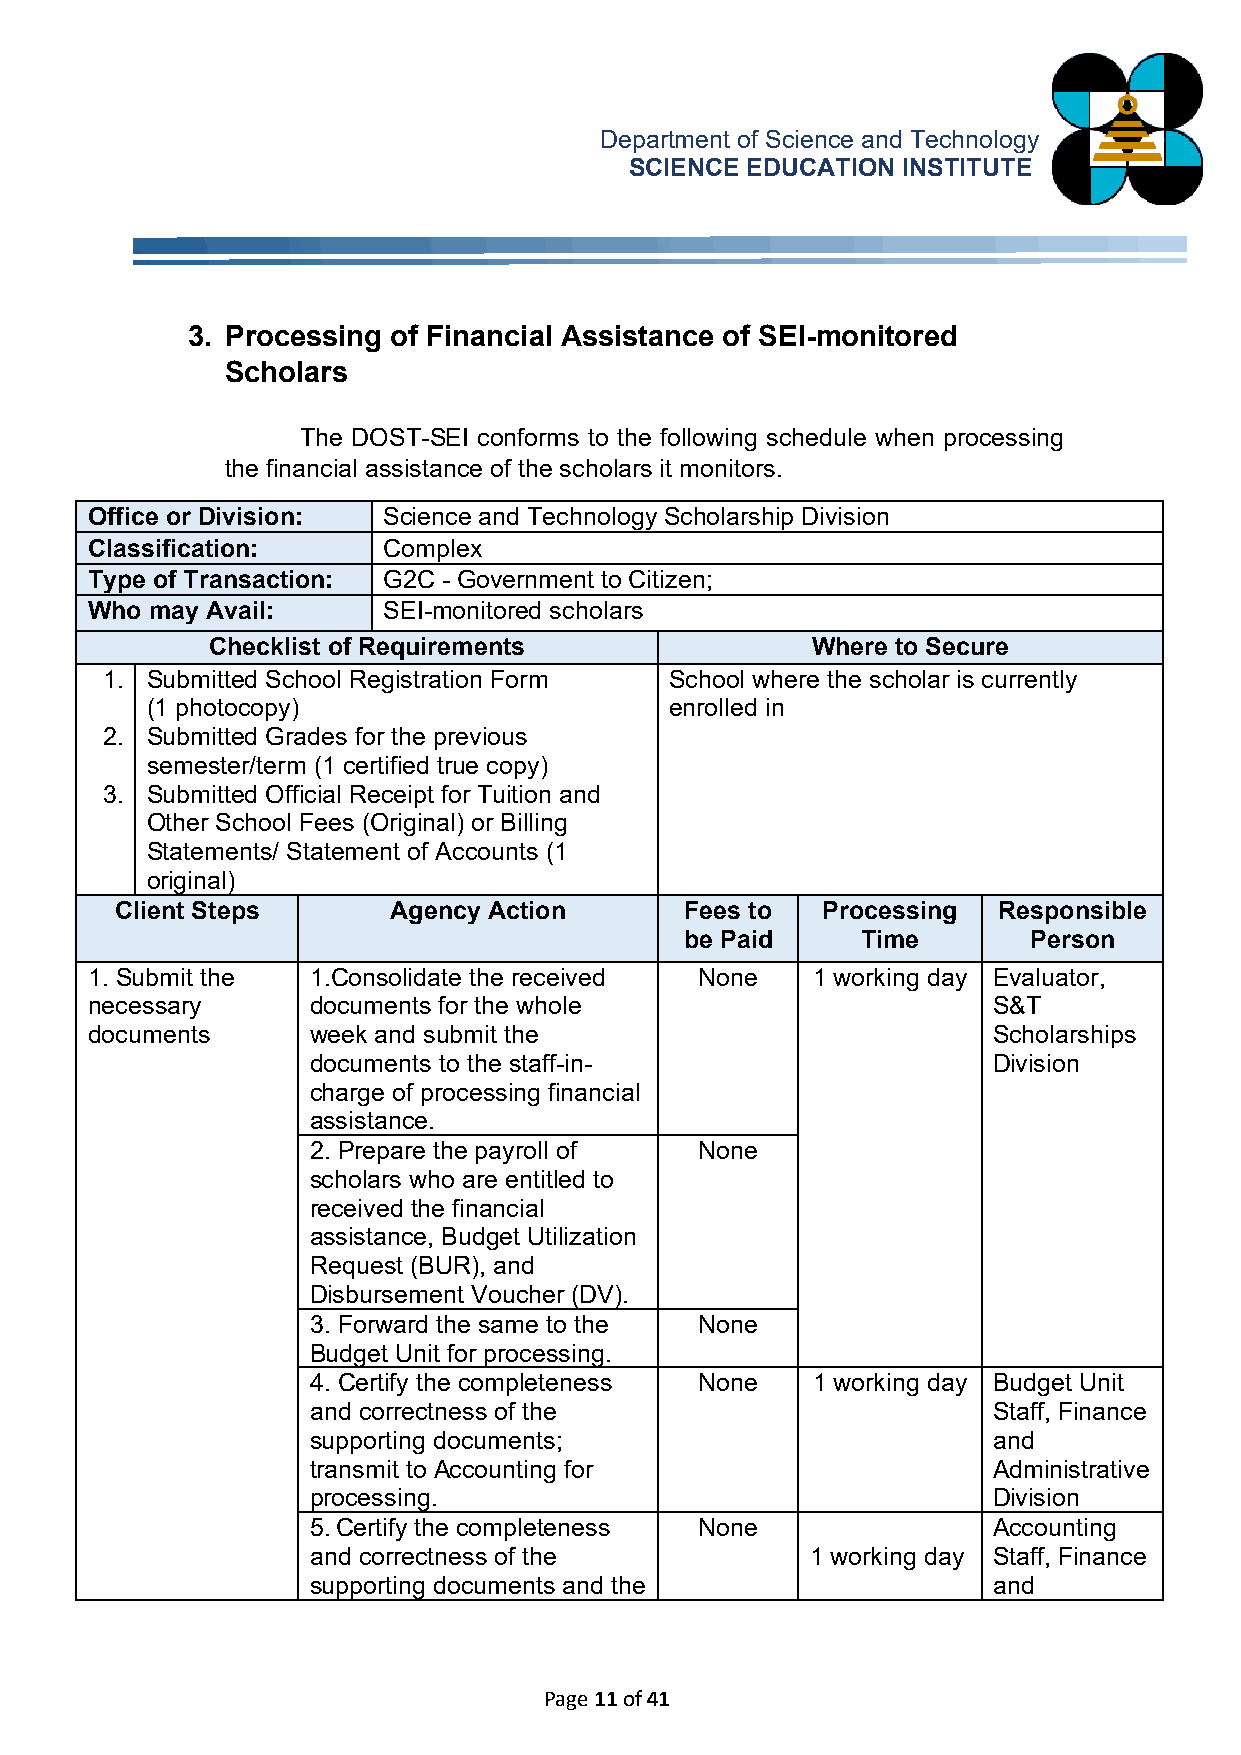
Department of Science and Technology
 SCIENCE EDUCATION INSTITUTE
 3. Processing of Financial Assistance of SEI-monitored
 Scholars
 The DOST-SEI conforms to the following schedule when processing
 the financial assistance of the scholars it monitors.
 Office or Division: Science and Technology Scholarship Division
 Classification:    Complex
 Type of Transaction: G2C - Government to Citizen;
 Who may Avail:     SEI-monitored scholars
 Checklist of Requirements               Where to Secure
 1. Submitted School Registration Form School where the scholar is currently
 (1 photocopy)                     enrolled in
 2. Submitted Grades for the previous
 semester/term (1 certified true copy)
 3. Submitted Official Receipt for Tuition and
 Other School Fees (Original) or Billing
 Statements/ Statement of Accounts (1
 original)
 Client Steps      Agency Action      Fees to  Processing  Responsible
 be Paid     Time       Person
 1. Submit the 1.Consolidate the received None   1 working day Evaluator,
 necessary     documents for the whole                       S&T
 documents     week and submit the                           Scholarships
 documents to the staff-in-                    Division
 charge of processing financial
 assistance.
 2. Prepare the payroll of None
 scholars who are entitled to
 received the financial
 assistance, Budget Utilization
 Request (BUR), and
 Disbursement Voucher (DV).
 3. Forward the same to the None
 Budget Unit for processing.
 4. Certify the completeness None  1 working day Budget Unit
 and correctness of the                        Staff, Finance
 supporting documents;                         and
 transmit to Accounting for                    Administrative
 processing.                                   Division
 5. Certify the completeness None              Accounting
 and correctness of the            1 working day Staff, Finance
 supporting documents and the                  and
 Page 11 of 41